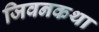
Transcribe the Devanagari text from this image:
जिवनकथा